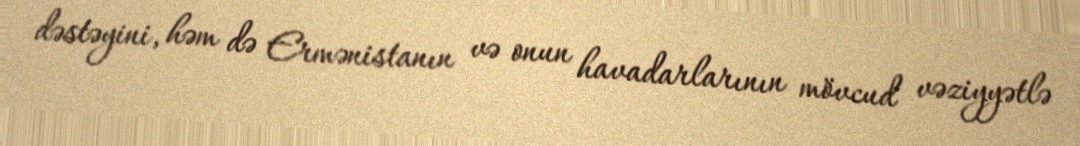
dəstəyini, həm də Ermənistanın və onun havadarlarının mövcud vəziyyətlə